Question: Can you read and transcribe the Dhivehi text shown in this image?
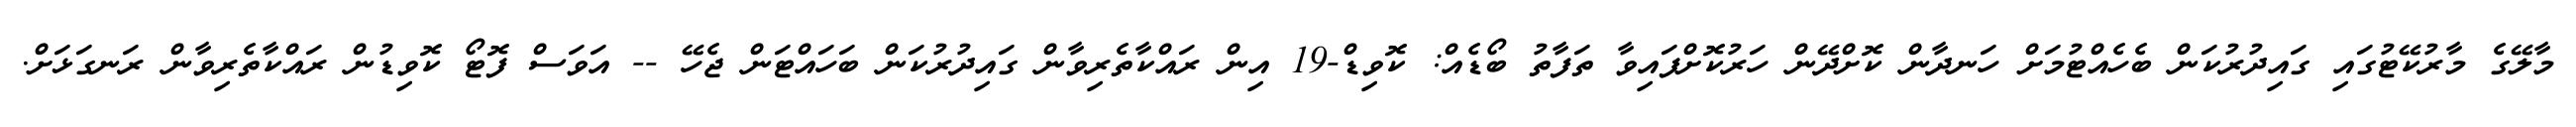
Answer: މާލޭގެ މާރުކޭޓުގައި ގައިދުރުކަން ބެހެއްޓުމަށް ހަނދާން ކޮށްދޭން ހަރުކޮށްފައިވާ ތަފާތު ބޯޑެއް: ކޮވިޑް-19 އިން ރައްކާތެރިވާން ގައިދުރުކަން ބަހައްޓަން ޖެހޭ -- އަވަސް ފޮޓޯ ކޮވިޑުން ރައްކާތެރިވާން ރަނގަޅަށް.